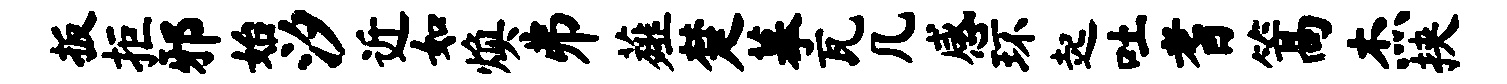
扳拒邪始汐近如焕井薤楚摹瓦几感环起吐耆篙杰挟